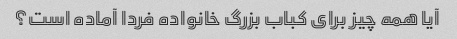
آیا همه چیز برای کباب بزرگ خانواده فردا آماده است؟